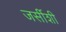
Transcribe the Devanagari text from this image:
जर्सीशी